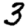
Digit: 3